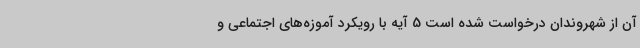
آن از شهروندان درخواست شده است 5 آیه با رویکرد آموزه‌های اجتماعی و